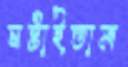
ঘষ্‌টাইতাম